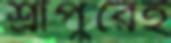
শ্রীপুরেই